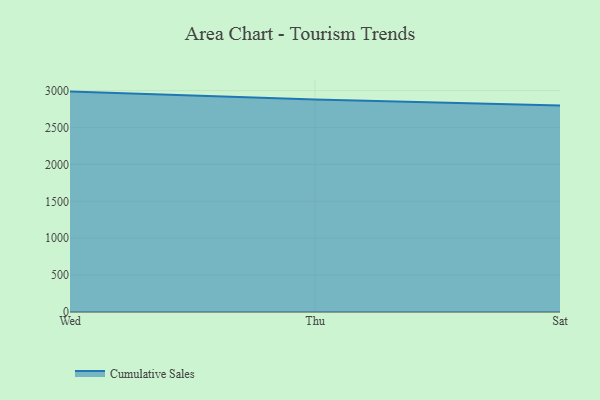
{"axis": {"x": "Day", "y": "Latency (ms)"}, "legend": ["Cumulative Sales"], "data": [{"x": "Wed", "y": 2986.6, "type": "Cumulative Sales"}, {"x": "Thu", "y": 2879.9, "type": "Cumulative Sales"}, {"x": "Sat", "y": 2797.5, "type": "Cumulative Sales"}]}